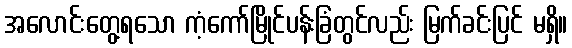
အလောင်းတွေ့ရသော ကံ့ကော်မြိုင်ပန်းခြံတွင်လည်း မြက်ခင်းပြင် မရှိ။